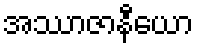
အဿာဇာနီယော